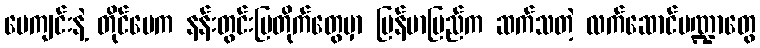
ပေကျင်းနဲ့ တိုင်ပေက နန်းတွင်းပြတိုက်တွေမှာ မြန်မာပြည်က ဆက်သတဲ့ လက်ဆောင်ပဏ္ဍာတွေ